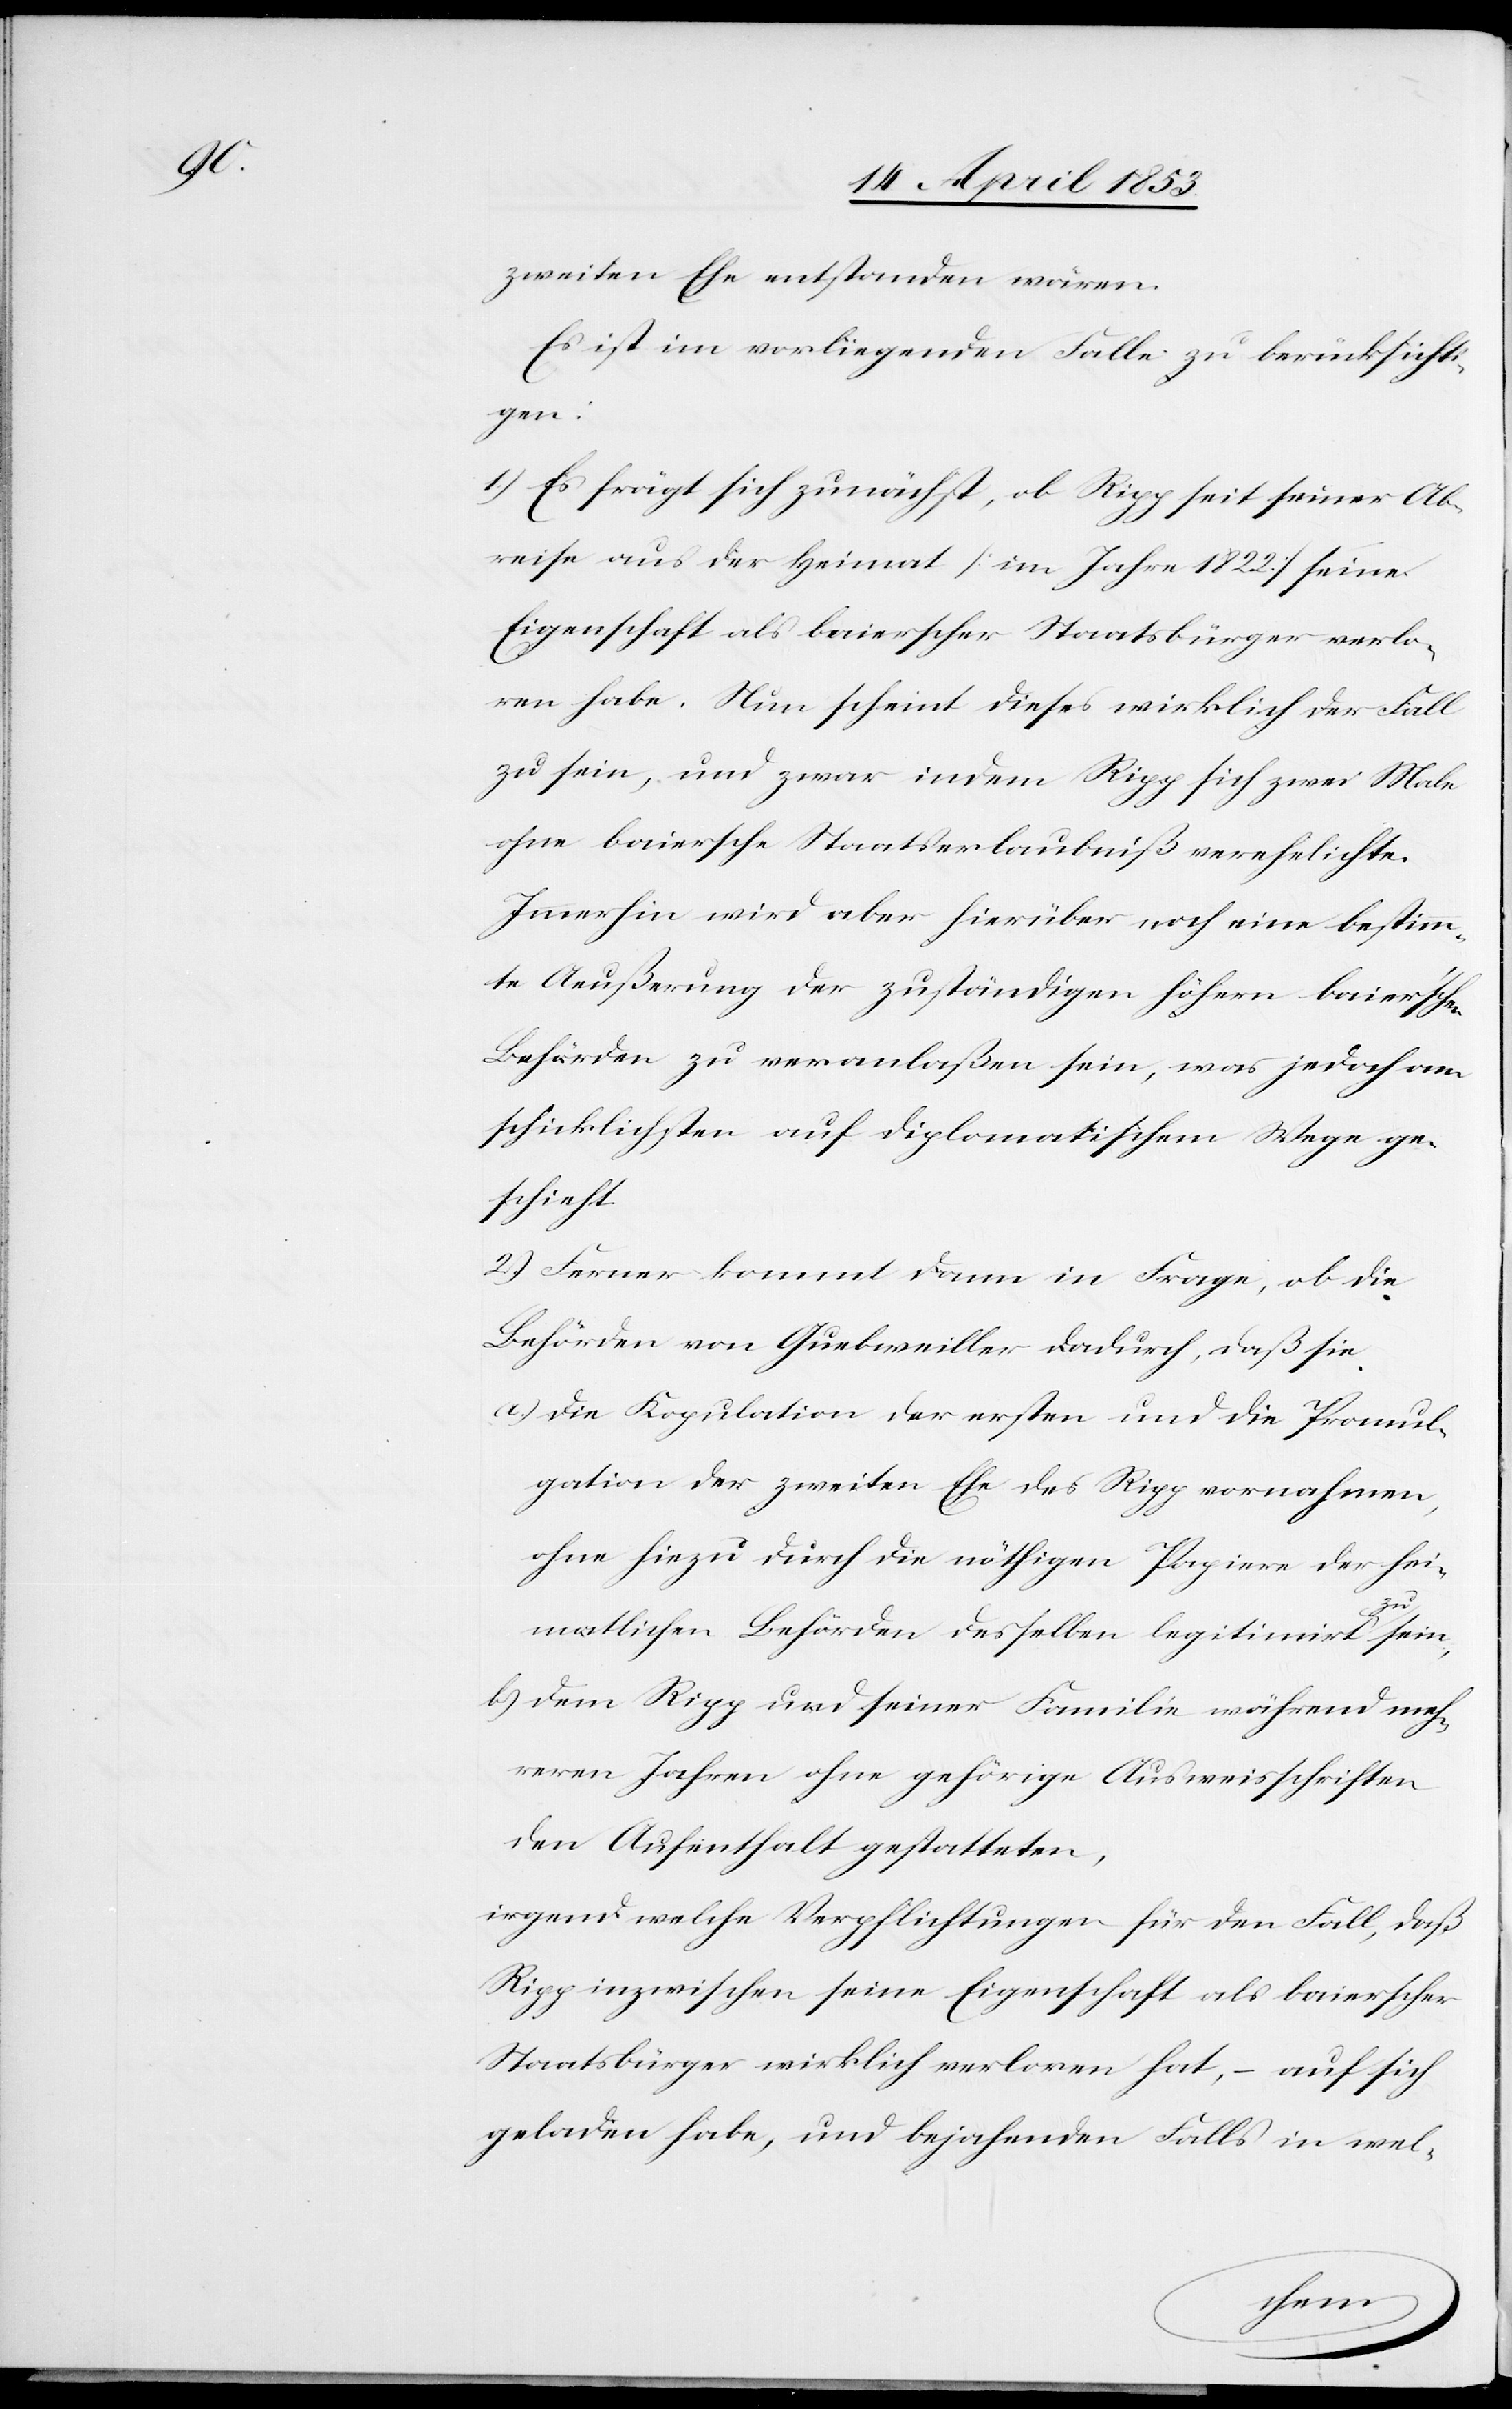
zweiten Ehe entstanden wären.
Es ist im vorliegenden Falle zu berücksichti¬
gen:
1.) Es frägt sich zunächst, ob Rigg seit seiner Ab¬
reise aus der Heimat [im Jahre 1822] seine
Eigenschaft als baierscher Staatsbürger verlo¬
ren habe. Nun scheint dieses wirklich der Fall
zu sein, und zwar indem Rigg sich zwei Male
ohne baiersche Staatserlaubniß verehelichte.
Immerhin wird aber hierüber noch eine bestimm¬
te Aueßerung der zuständigen höhern baier’schen
Behörden zu veranlaßen sein, was jedoch am
schicklichsten auf diplomatischem Wege ge¬
schieht.
2.) Ferner kommt dann in Frage, ob die
Behörden von Guebweiller dadurch, daß sie
a) Die Kopulation der ersten und die Promul¬
gation der zweiten Ehe des Ripp vornahmen,
ohne hiezu durch die nöthigen Papiere der hei¬
matlichen Behörden desselben legitimirt zu sein,
b) Dem Rigg und seiner Familie während meh¬
reren Jahren ohne gehörige Ausweisschriften
den Aufenthalt gestatteten,
irgend welche Verpflichtungen für den Fall, daß
Rigg inzwischen seine Eigenschaft als baierscher
Staatsbürger wirklich verloren hat, – auf sich
geladen habe, und bejahenden Falls in wel-